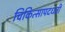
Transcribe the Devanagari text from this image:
चिकित्सापदधती